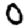
Digit: 0